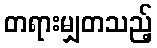
တရားမျှတသည့်